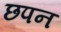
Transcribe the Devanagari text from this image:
छपन